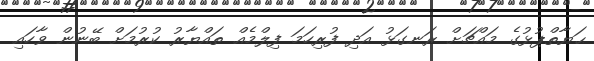
ޙަޔާތްޕުޅުގެ މައްޗަށް ރަނގަޅު އަދި ފުރިހަމަ ފިލްމެއް ތައްޔާރު ކުރުމަށް ބޭނުން ވާހައި